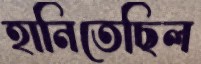
হানিতেছিল